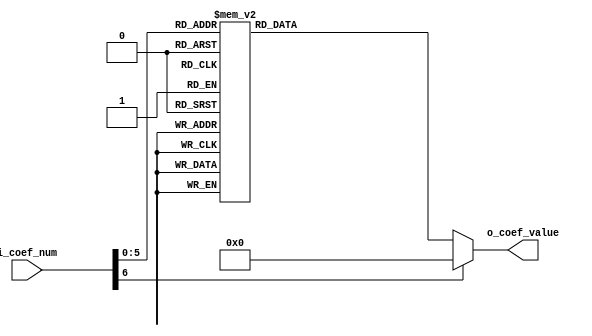
module sha256_coefs(
	input [6:0] i_coef_num,
  output reg [31:0] o_coef_value
  );
  
  always @* begin
    case(i_coef_num)
      00: o_coef_value = 32'h428a2f98;
      01: o_coef_value = 32'h71374491;
      02: o_coef_value = 32'hb5c0fbcf;
      03: o_coef_value = 32'he9b5dba5;
      04: o_coef_value = 32'h3956c25b;
      05: o_coef_value = 32'h59f111f1;
      06: o_coef_value = 32'h923f82a4;
      07: o_coef_value = 32'hab1c5ed5;
      08: o_coef_value = 32'hd807aa98;
      09: o_coef_value = 32'h12835b01;
      10: o_coef_value = 32'h243185be;
      11: o_coef_value = 32'h550c7dc3;
      12: o_coef_value = 32'h72be5d74;
      13: o_coef_value = 32'h80deb1fe;
      14: o_coef_value = 32'h9bdc06a7;
      15: o_coef_value = 32'hc19bf174;
      16: o_coef_value = 32'he49b69c1;
      17: o_coef_value = 32'hefbe4786;
      18: o_coef_value = 32'h0fc19dc6;
      19: o_coef_value = 32'h240ca1cc;
      20: o_coef_value = 32'h2de92c6f;
      21: o_coef_value = 32'h4a7484aa;
      22: o_coef_value = 32'h5cb0a9dc;
      23: o_coef_value = 32'h76f988da;
      24: o_coef_value = 32'h983e5152;
      25: o_coef_value = 32'ha831c66d;
      26: o_coef_value = 32'hb00327c8;
      27: o_coef_value = 32'hbf597fc7;
      28: o_coef_value = 32'hc6e00bf3;
      29: o_coef_value = 32'hd5a79147;
      30: o_coef_value = 32'h06ca6351;
      31: o_coef_value = 32'h14292967;
      32: o_coef_value = 32'h27b70a85;
      33: o_coef_value = 32'h2e1b2138;
      34: o_coef_value = 32'h4d2c6dfc;
      35: o_coef_value = 32'h53380d13;
      36: o_coef_value = 32'h650a7354;
      37: o_coef_value = 32'h766a0abb;
      38: o_coef_value = 32'h81c2c92e;
      39: o_coef_value = 32'h92722c85;
      40: o_coef_value = 32'ha2bfe8a1;
      41: o_coef_value = 32'ha81a664b;
      42: o_coef_value = 32'hc24b8b70;
      43: o_coef_value = 32'hc76c51a3;
      44: o_coef_value = 32'hd192e819;
      45: o_coef_value = 32'hd6990624;
      46: o_coef_value = 32'hf40e3585;
      47: o_coef_value = 32'h106aa070;
      48: o_coef_value = 32'h19a4c116;
      49: o_coef_value = 32'h1e376c08;
      50: o_coef_value = 32'h2748774c;
      51: o_coef_value = 32'h34b0bcb5;
      52: o_coef_value = 32'h391c0cb3;
      53: o_coef_value = 32'h4ed8aa4a;
      54: o_coef_value = 32'h5b9cca4f;
      55: o_coef_value = 32'h682e6ff3;
      56: o_coef_value = 32'h748f82ee;
      57: o_coef_value = 32'h78a5636f;
      58: o_coef_value = 32'h84c87814;
      59: o_coef_value = 32'h8cc70208;
      60: o_coef_value = 32'h90befffa;
      61: o_coef_value = 32'ha4506ceb;
      62: o_coef_value = 32'hbef9a3f7;
      63: o_coef_value = 32'hc67178f2;
      default: o_coef_value = 32'd0;
    endcase 
  end
endmodule